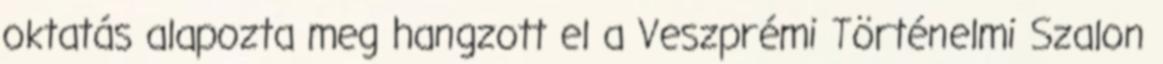
oktatás alapozta meg hangzott el a Veszprémi Történelmi Szalon